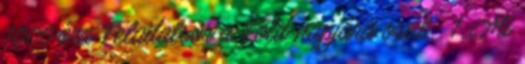
1000 óra Feladatsor a Föld napjára oszt:. 1. Mi